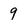
Character: 9